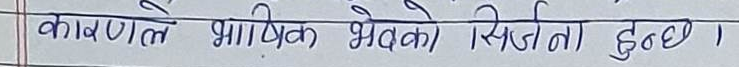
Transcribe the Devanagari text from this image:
कारणले भाषिक भेदको स्थितता हुन्छ ।